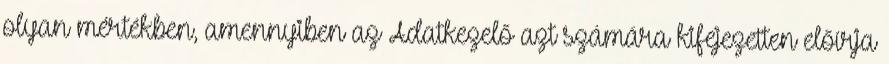
olyan mértékben, amennyiben az Adatkezelő azt számára kifejezetten előírja